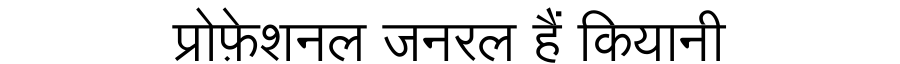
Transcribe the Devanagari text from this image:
प्रोफ़ेशनल जनरल हैं कियानी